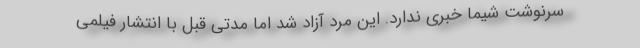
سرنوشت شیما خبری ندارد. این مرد آزاد شد اما مدتی قبل با انتشار فیلمی